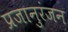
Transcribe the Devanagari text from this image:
प्रजानुरंजन